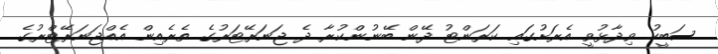
ސަބީހު ވިދާޅުވީ އެރަށުގައި ކަރަންޓު ދޭން ބޭނުންކުރާ ދެ ޖަނަރޭޓަރުގެ ތެރެއިން އެއްޖަނަރޭޓްރުގެ